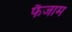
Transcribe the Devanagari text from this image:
फैजाम